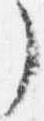
了